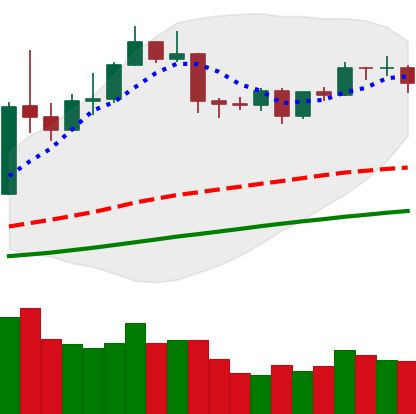
Ticker: ETH-USD
Chart end date: 2019-04-21
Forward return: -8.056%
Label: down_7plus